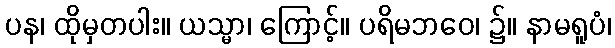
ပန၊ ထိုမှတပါး။ ယသ္မာ၊ ကြောင့်။ ပရိမဘဝေ၊ ၌။ နာမရူပံ၊